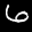
Label: 6